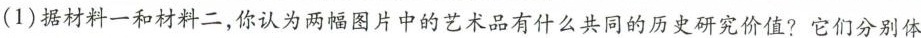
(1)据材料一和材料二，你认为两幅图片中的艺术品有什么共同的历史研究价值?它们分别体